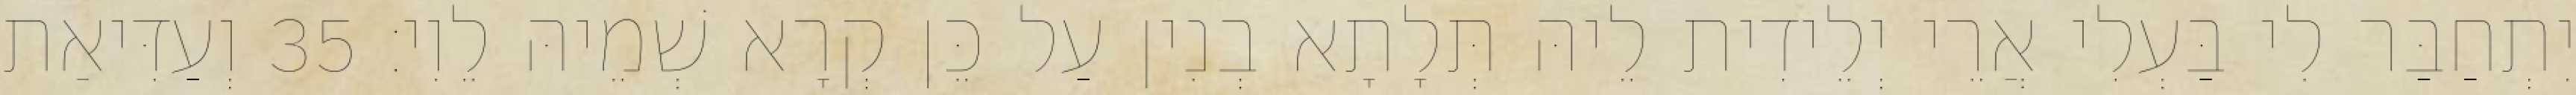
יִתְחַבַּר לִי בַּעְלִי אֲרֵי יְלֵידִית לֵיהּ תְּלָתָא בְנִין עַל כֵּן קְרָא שְׁמֵיהּ לֵוִי׃ 35 וְעַדִּיאַת